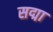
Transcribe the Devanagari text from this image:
सद्मा